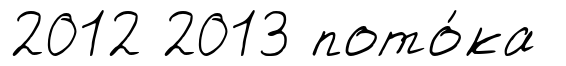
2012 2013 пото́ка